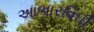
આભારવિધી